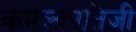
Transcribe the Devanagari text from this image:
कमलापतिजी